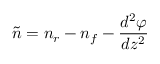
\tilde { n } = n _ { r } - n _ { f } - { \frac { d ^ { 2 } \varphi } { d z ^ { 2 } } }